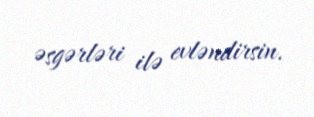
əsgərləri ilə evləndirsin.